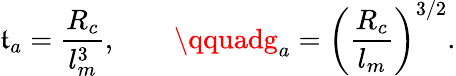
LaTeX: \mathfrak{t}_{a}={\frac{{R_{c}}}{{l_{m}^{3}}}},\qquad\qquadg_{a}=\left({\frac{{R_{c}}}{{l_{m}}}}\right)^{3/2}.